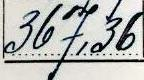
367,36